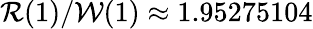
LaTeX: \mathcal{R}(1)/\mathcal{W}(1)\approx 1.95275104